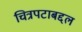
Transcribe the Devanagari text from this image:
चित्रपटाबद्दल